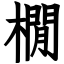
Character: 橌